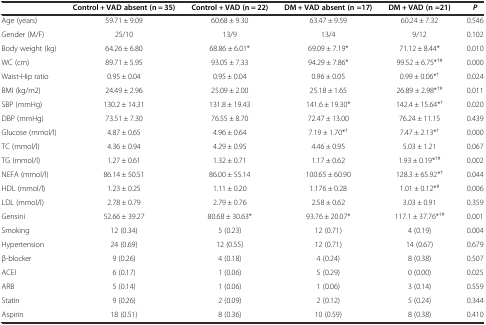
<table><thead><tr><td></td><td><b>Control + VAD absent (n = 35)</b></td><td><b>Control + VAD (n = 22)</b></td><td><b>DM + VAD absent (n =17)</b></td><td><b>DM + VAD (n =21)</b></td><td><b><i>P</i></b></td></tr></thead><tbody><tr><td>Age (years)</td><td>59.71 ± 9.09</td><td>60.68 ± 9.30</td><td>63.47 ± 9.59</td><td>60.24 ± 7.32</td><td>0.546</td></tr><tr><td>Gender (M/F)</td><td>25/10</td><td>13/9</td><td>13/4</td><td>9/12</td><td>0.102</td></tr><tr><td>Body weight (kg)</td><td>64.26 ± 6.80</td><td>68.86 ± 6.01*</td><td>69.09 ± 7.19*</td><td>71.12 ± 8.44*</td><td>0.010</td></tr><tr><td>WC (cm)</td><td>89.71 ± 5.95</td><td>93.05 ± 7.33</td><td>94.29 ± 7.86*</td><td>99.52 ± 6.75*<sup>†#</sup></td><td>0.000</td></tr><tr><td>Waist-Hip ratio</td><td>0.95 ± 0.04</td><td>0.95 ± 0.04</td><td>0.96 ± 0.05</td><td>0.99 ± 0.06*<sup>†</sup></td><td>0.024</td></tr><tr><td>BMI (kg/m2)</td><td>24.49 ± 2.96</td><td>25.09 ± 2.00</td><td>25.18 ± 1.65</td><td>26.89 ± 2.98*<sup>†#</sup></td><td>0.011</td></tr><tr><td>SBP (mmHg)</td><td>130.2 ± 14.31</td><td>131.8 ± 19.43</td><td>141.6 ± 19.30*</td><td>142.4 ± 15.64*<sup>†</sup></td><td>0.020</td></tr><tr><td>DBP (mmHg)</td><td>73.51 ± 7.30</td><td>76.55 ± 8.70</td><td>72.47 ± 13.00</td><td>76.24 ± 11.15</td><td>0.439</td></tr><tr><td>Glucose (mmol/l)</td><td>4.87 ± 0.65</td><td>4.96 ± 0.64</td><td>7.19 ± 1.70*<sup>†</sup></td><td>7.47 ± 2.13*<sup>†</sup></td><td>0.000</td></tr><tr><td>TC (mmol/l)</td><td>4.36 ± 0.94</td><td>4.29 ± 0.95</td><td>4.46 ± 0.95</td><td>5.03 ± 1.21</td><td>0.067</td></tr><tr><td>TG (mmol/l)</td><td>1.27 ± 0.61</td><td>1.32 ± 0.71</td><td>1.17 ± 0.62</td><td>1.93 ± 0.19*<sup>†#</sup></td><td>0.002</td></tr><tr><td>NEFA (mmol/l)</td><td>86.14 ± 50.51</td><td>86.00 ± 55.14</td><td>100.65 ± 60.90</td><td>128.3 ± 65.92*<sup>†</sup></td><td>0.044</td></tr><tr><td>HDL (mmol/l)</td><td>1.23 ± 0.25</td><td>1.11 ± 0.20</td><td>1.176 ± 0.28</td><td>1.01 ± 0.12*<sup>#</sup></td><td>0.006</td></tr><tr><td>LDL (mmol/l)</td><td>2.78 ± 0.79</td><td>2.79 ± 0.76</td><td>2.58 ± 0.62</td><td>3.03 ± 0.91</td><td>0.359</td></tr><tr><td>Gensini</td><td>52.66 ± 39.27</td><td>80.68 ± 30.63*</td><td>93.76 ± 20.07*</td><td>117.1 ± 37.76*<sup>†#</sup></td><td>0.001</td></tr><tr><td>Smoking</td><td>12 (0.34)</td><td>5 (0.23)</td><td>12 (0.71)</td><td>4 (0.19)</td><td>0.004</td></tr><tr><td>Hypertension</td><td>24 (0.69)</td><td>12 (0.55)</td><td>12 (0.71)</td><td>14 (0.67)</td><td>0.679</td></tr><tr><td>β-blocker</td><td>9 (0.26)</td><td>4 (0.18)</td><td>4 (0.24)</td><td>8 (0.38)</td><td>0.507</td></tr><tr><td>ACEI</td><td>6 (0.17)</td><td>1 (0.06)</td><td>5 (0.29)</td><td>0 (0.00)</td><td>0.025</td></tr><tr><td>ARB</td><td>5 (0.14)</td><td>1 (0.06)</td><td>1 (0.06)</td><td>3 (0.14)</td><td>0.559</td></tr><tr><td>Statin</td><td>9 (0.26)</td><td>2 (0.09)</td><td>2 (0.12)</td><td>5 (0.24)</td><td>0.344</td></tr><tr><td>Aspirin</td><td>18 (0.51)</td><td>8 (0.36)</td><td>10 (0.59)</td><td>8 (0.38)</td><td>0.410</td></tr></tbody></table>